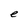
Character: e